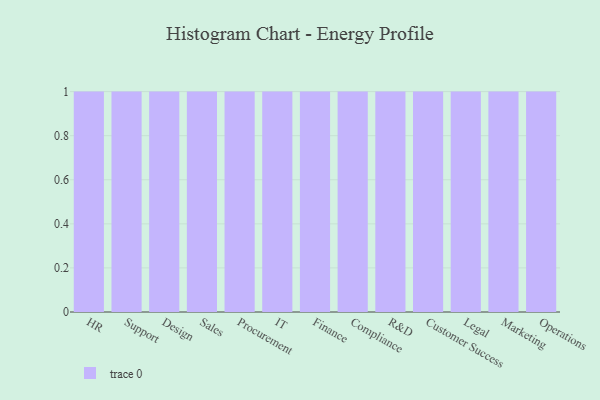
{"axis": {"x": "Department", "y": "Active Users"}, "legend": [""], "data": [{"x": "HR", "y": 57, "type": ""}, {"x": "Support", "y": 83, "type": ""}, {"x": "Design", "y": 36, "type": ""}, {"x": "Sales", "y": 10, "type": ""}, {"x": "Procurement", "y": 29, "type": ""}, {"x": "IT", "y": 5, "type": ""}, {"x": "Finance", "y": 99, "type": ""}, {"x": "Compliance", "y": 80, "type": ""}, {"x": "R&D", "y": 38, "type": ""}, {"x": "Customer Success", "y": 86, "type": ""}, {"x": "Legal", "y": 24, "type": ""}, {"x": "Marketing", "y": 9, "type": ""}, {"x": "Operations", "y": 7, "type": ""}]}